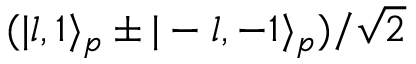
( | l , 1 \rangle _ { p } \pm | - l , - 1 \rangle _ { p } ) / \sqrt 2